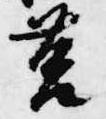
筥